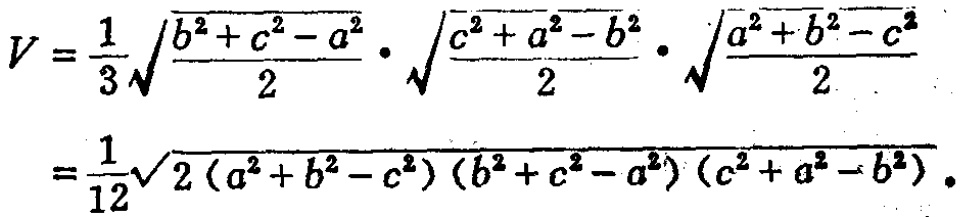
\[
\begin{align*}
V&=\frac{1}{3}\sqrt{\frac{b^{2}+c^{2}-a^{2}}{2}}\cdot\sqrt{\frac{c^{2}+a^{2}-b^{2}}{2}}\cdot\sqrt{\frac{a^{2}+b^{2}-c^{2}}{2}}\\
&=\frac{1}{12}\sqrt{2(a^{2}+b^{2}-c^{2})(b^{2}+c^{2}-a^{2})(c^{2}+a^{2}-b^{2})}
\end{align*}
\]